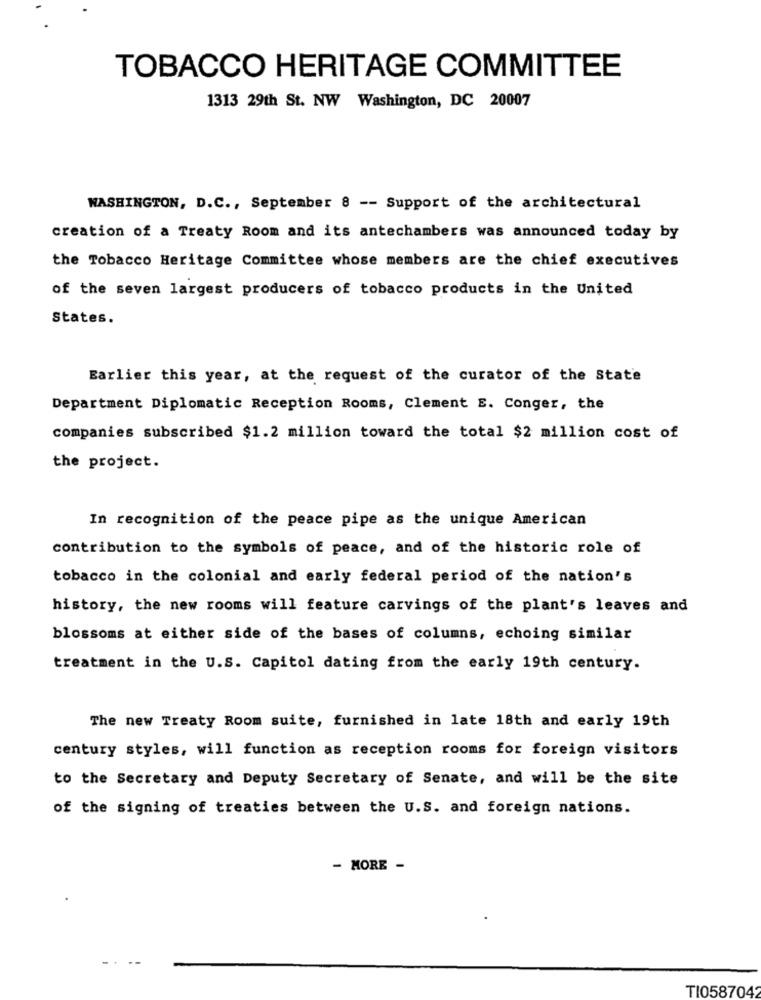
TOBACCO HERITAGE COMMITTEE
1313 29th St. NW Washington, DC 20007
WASHINGTON, D.C ., September 8 -- Support of the architectural
creation of a Treaty Room and its antechambers was announced today by
the Tobacco Heritage Committee whose members are the chief executives
of the seven largest producers of tobacco products in the United
States.
Earlier this year, at the request of the curator of the State
Department Diplomatic Reception Rooms, Clement E. Conger, the
companies subscribed $1.2 million toward the total $2 million cost of
the project.
In recognition of the peace pipe as the unique American
contribution to the symbols of peace, and of the historic role of
tobacco in the colonial and early federal period of the nation's
history, the new rooms will feature carvings of the plant's leaves and
blossoms at either side of the bases of columns, echoing similar
treatment in the U.S. Capitol dating from the early 19th century.
The new Treaty Room suite, furnished in late 18th and early 19th
century styles, will function as reception rooms for foreign visitors
to the Secretary and Deputy Secretary of Senate, and will be the site
of the signing of treaties between the U.S. and foreign nations.
- MORE -
TI0587042